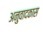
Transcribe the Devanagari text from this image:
अनुवादकास